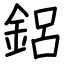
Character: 鋁